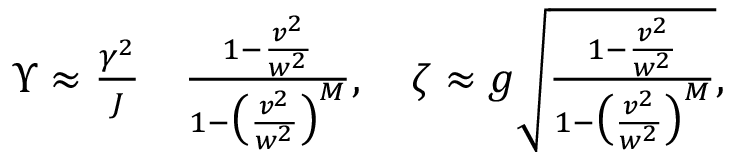
\begin{array} { r l } { \Upsilon \approx \frac { \gamma ^ { 2 } } { J } } & { { } \frac { 1 - \frac { v ^ { 2 } } { w ^ { 2 } } } { 1 - \big ( \frac { v ^ { 2 } } { w ^ { 2 } } \big ) ^ { M } } , \quad \zeta \approx g \sqrt { \frac { 1 - \frac { v ^ { 2 } } { w ^ { 2 } } } { 1 - \big ( \frac { v ^ { 2 } } { w ^ { 2 } } \big ) ^ { M } } } , } \end{array}